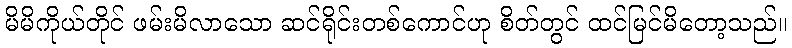
မိမိကိုယ်တိုင် ဖမ်းမိလာသော ဆင်ရိုင်းတစ်ကောင်ဟု စိတ်တွင် ထင်မြင်မိတော့သည်။